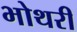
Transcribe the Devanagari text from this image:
भोथरी